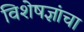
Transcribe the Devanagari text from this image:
विशेषज्ञांचा